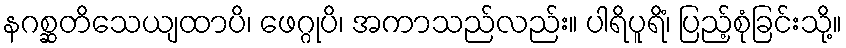
နဂစ္ဆတိသေယျထာပိ၊ ဖေဂ္ဂုပိ၊ အကာသည်လည်း။ ပါရိပူရိံ၊ ပြည့်စုံခြင်းသို့။